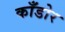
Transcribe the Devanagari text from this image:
काँडोर